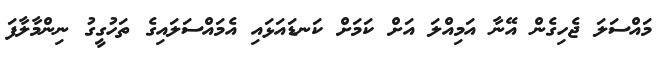
މައްސަލަ ޖެހިގެން އޭނާ އަމިއްލަ އަށް ކަމަށް ކަނޑައަޅައި އެމައްސަލައިގެ ތަހުގީގު ނިންމާލާފަ